Elephants and their diseases
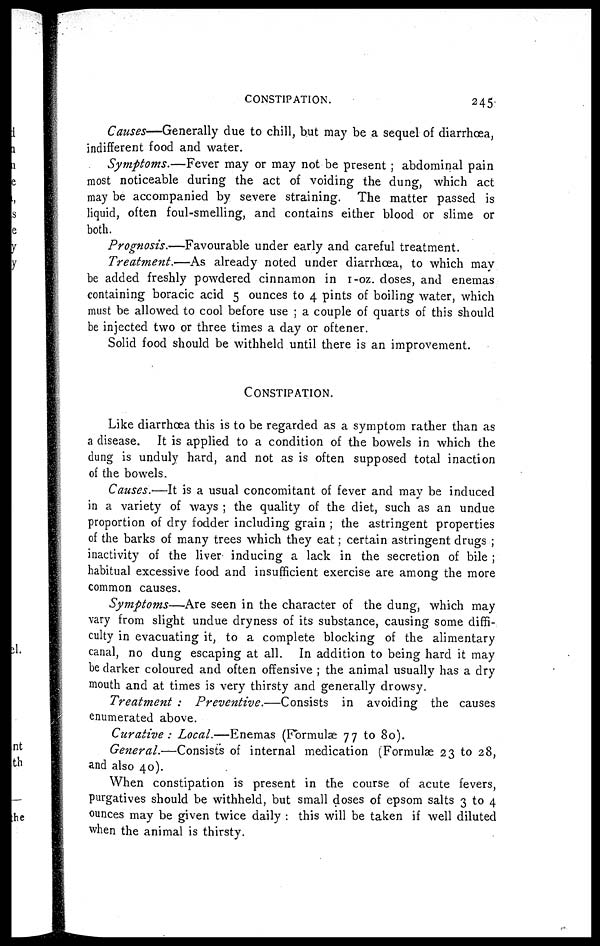
CONSTIPATION.
245
Causes—Generally due to chill, but may be a sequel of diarrhoea,
indifferent food and water.
Symptoms.—Fever
may or may not be present ; abdominal pain
most noticeable during the act of voiding the dung, which act
may be accompanied by severe straining. The matter passed is
liquid, often foul-smelling, and contains either blood or slime or
both.
Prognosis.—Favourable under early and careful treatment.
Treatment.—As
already noted under diarrhoea, to which may
be added freshly powdered cinnamon in 1-oz. doses, and enemas
containing boracic acid 5 ounces to 4 pints of boiling water, which
must be allowed to cool before use ; a couple of quarts of this should
be injected two or three times a day or oftener.
Solid food should be withheld until there is an improvement.
CONSTIPATION.
Like diarrhoea this is to be regarded as a symptom rather than as
a disease. It is applied to a condition of the bowels in which the
dung is unduly hard, and not as is often supposed total inaction
of the bowels.
Causes.—It is a usual concomitant of fever and may be induced
in a variety of ways ; the quality of the diet, such as an undue
proportion of dry fodder including grain ; the astringent properties
of the barks of many trees which they eat ; certain astringent drugs ;
inactivity of the liver inducing a lack in the secretion of bile ;
habitual excessive food and insufficient exercise are among the more
common causes.
Symptoms—Are seen in the character of the dung, which may
vary from slight undue dryness of its substance, causing some diffi-
culty in evacuating it, to a complete blocking of the alimentary
canal, no dung escaping at all. In addition to being hard it may
be darker coloured and often offensive ; the animal usually has a dry
mouth and at times is very thirsty and generally drowsy.
Treatment : Preventive.—Consists
in avoiding the causes
enumerated above.
Curative : Local.—Enemas (Formulæ 77 to 80).
General.—Consists of internal medication (Formulæ 23 to 28,
and also 40).
When constipation is present in the course of acute fevers,
purgatives should be withheld, but small doses of epsom salts 3 to 4
ounces may be given twice daily : this will be taken if well diluted
when the animal is thirsty.